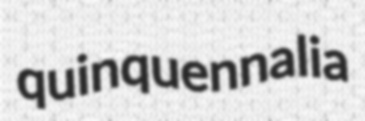
quinquennalia